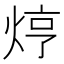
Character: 𤈽